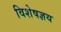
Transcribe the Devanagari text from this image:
विशेषज्ञय